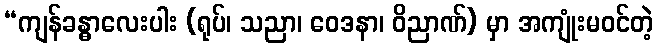
“ကျန်ခန္ဓာလေးပါး (ရုပ်၊ သညာ၊ ဝေဒနာ၊ ဝိညာဏ်) မှာ အကျုံးမဝင်တဲ့